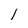
Character: l